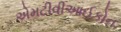
એમટીવીઆઈકોન